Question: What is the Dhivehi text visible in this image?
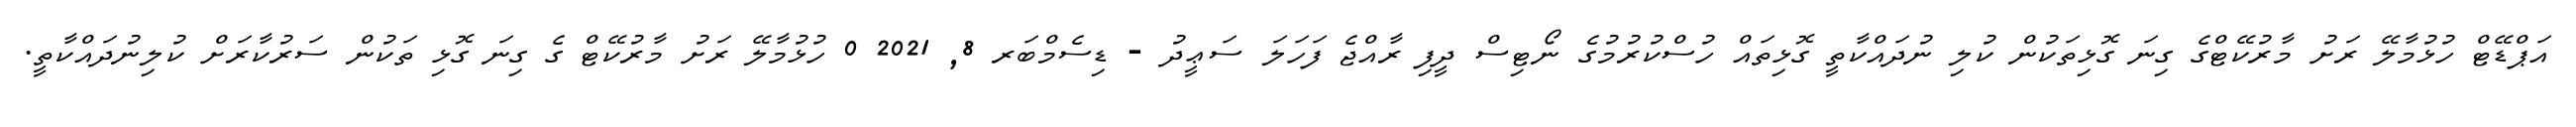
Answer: އަޕްޑޭޓް ހުޅުމާލޭ ރަށު މާރުކޭޓްގެ ގިނަ ގޮޅިތަކުން ކުލި ނުދައްކާތީ ގޮޅިތައް ހުސްކުރުމުގެ ނޯޓިސް ދީފި ރާއްޖެ ފަހަލަ ސަޢީދު - ޑިސެމްބަރ 8, 2021 0 ހުޅުމާލޭ ރަށު މާރުކޭޓް ގެ ގިނަ ގޮޅި ތަކުން ސަރުކާރަށް ކުލިނުދައްކާތީ.